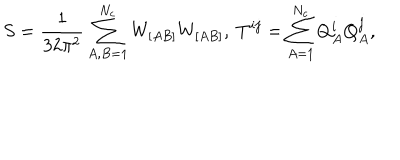
S = \frac { 1 } { 3 2 \pi ^ { 2 } } \sum _ { A , B = 1 } ^ { N _ { c } } W _ { [ A B ] } W _ { [ A B ] } , \ T ^ { i j } = \sum _ { A = 1 } ^ { N _ { c } } Q _ { A } ^ { i } Q _ { A } ^ { j } ,